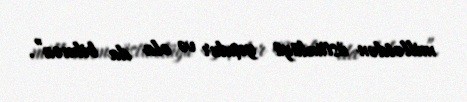
millətdən üstünlüyü yoxdur və ola da bilməz”.